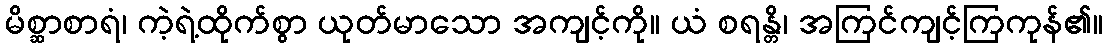
မိစ္ဆာစာရံ၊ ကဲ့ရဲ့ထိုက်စွာ ယုတ်မာသော အကျင့်ကို။ ယံ စရန္တိ၊ အကြင်ကျင့်ကြကုန်၏။